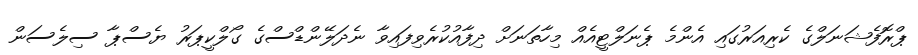
ޕްރޮފެޝަނަލްގެ ކެރިއަރުގައި އެންމެ ޕެނަލްޓީއެއް މިހާތަނަށް ދިފާއުކުރެވިފައިވާ ނެދަލޭންޑްސްގެ ގޯލްކީޕަރު ޔެސްޕާ ސިލެސަން